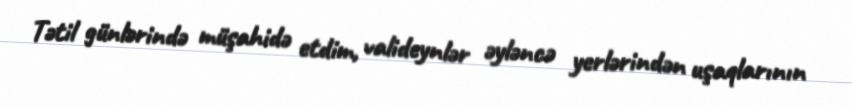
Tətil günlərində müşahidə etdim, valideynlər əyləncə yerlərindən uşaqlarının